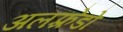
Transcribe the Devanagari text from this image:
अलफ़्रेडो